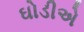
ઘોડીએ